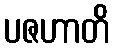
ပဇဟာတိ